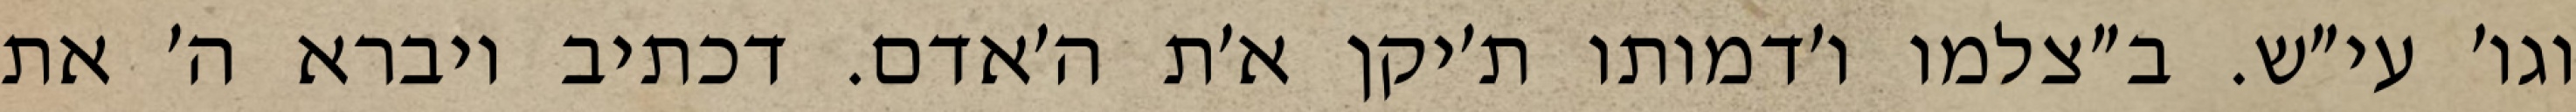
וגו׳ עי״ש. ב״צלמו ו׳דמותו ת׳יקן א׳ת ה׳אדם. דכתיב ויברא ה׳ את